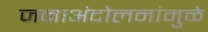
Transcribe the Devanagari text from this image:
जनाअंदोलनांमुळे